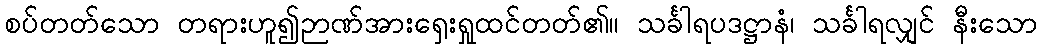
စပ်တတ်သော တရားဟူ၍ဉာဏ်အားရှေးရှုထင်တတ်၏။ သင်္ခါရပဒဋ္ဌာနံ၊ သင်္ခါရလျှင် နီးသော